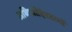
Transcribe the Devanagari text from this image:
अधिपतिदेवताओं